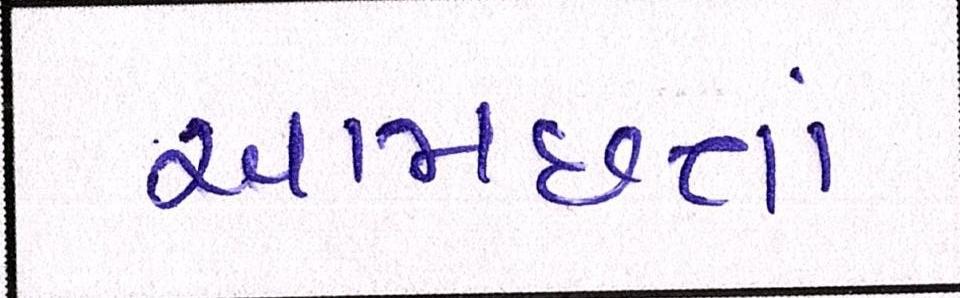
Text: આમછતાં